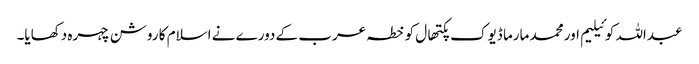
عبداللہ کوئیلیم اور محمد مارما ڈیوک پکتھال کو خطہ عرب کے دورے نے اسلام کا روشن چہرہ دکھایا۔